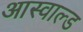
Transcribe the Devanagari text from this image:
आस्वाल्ड